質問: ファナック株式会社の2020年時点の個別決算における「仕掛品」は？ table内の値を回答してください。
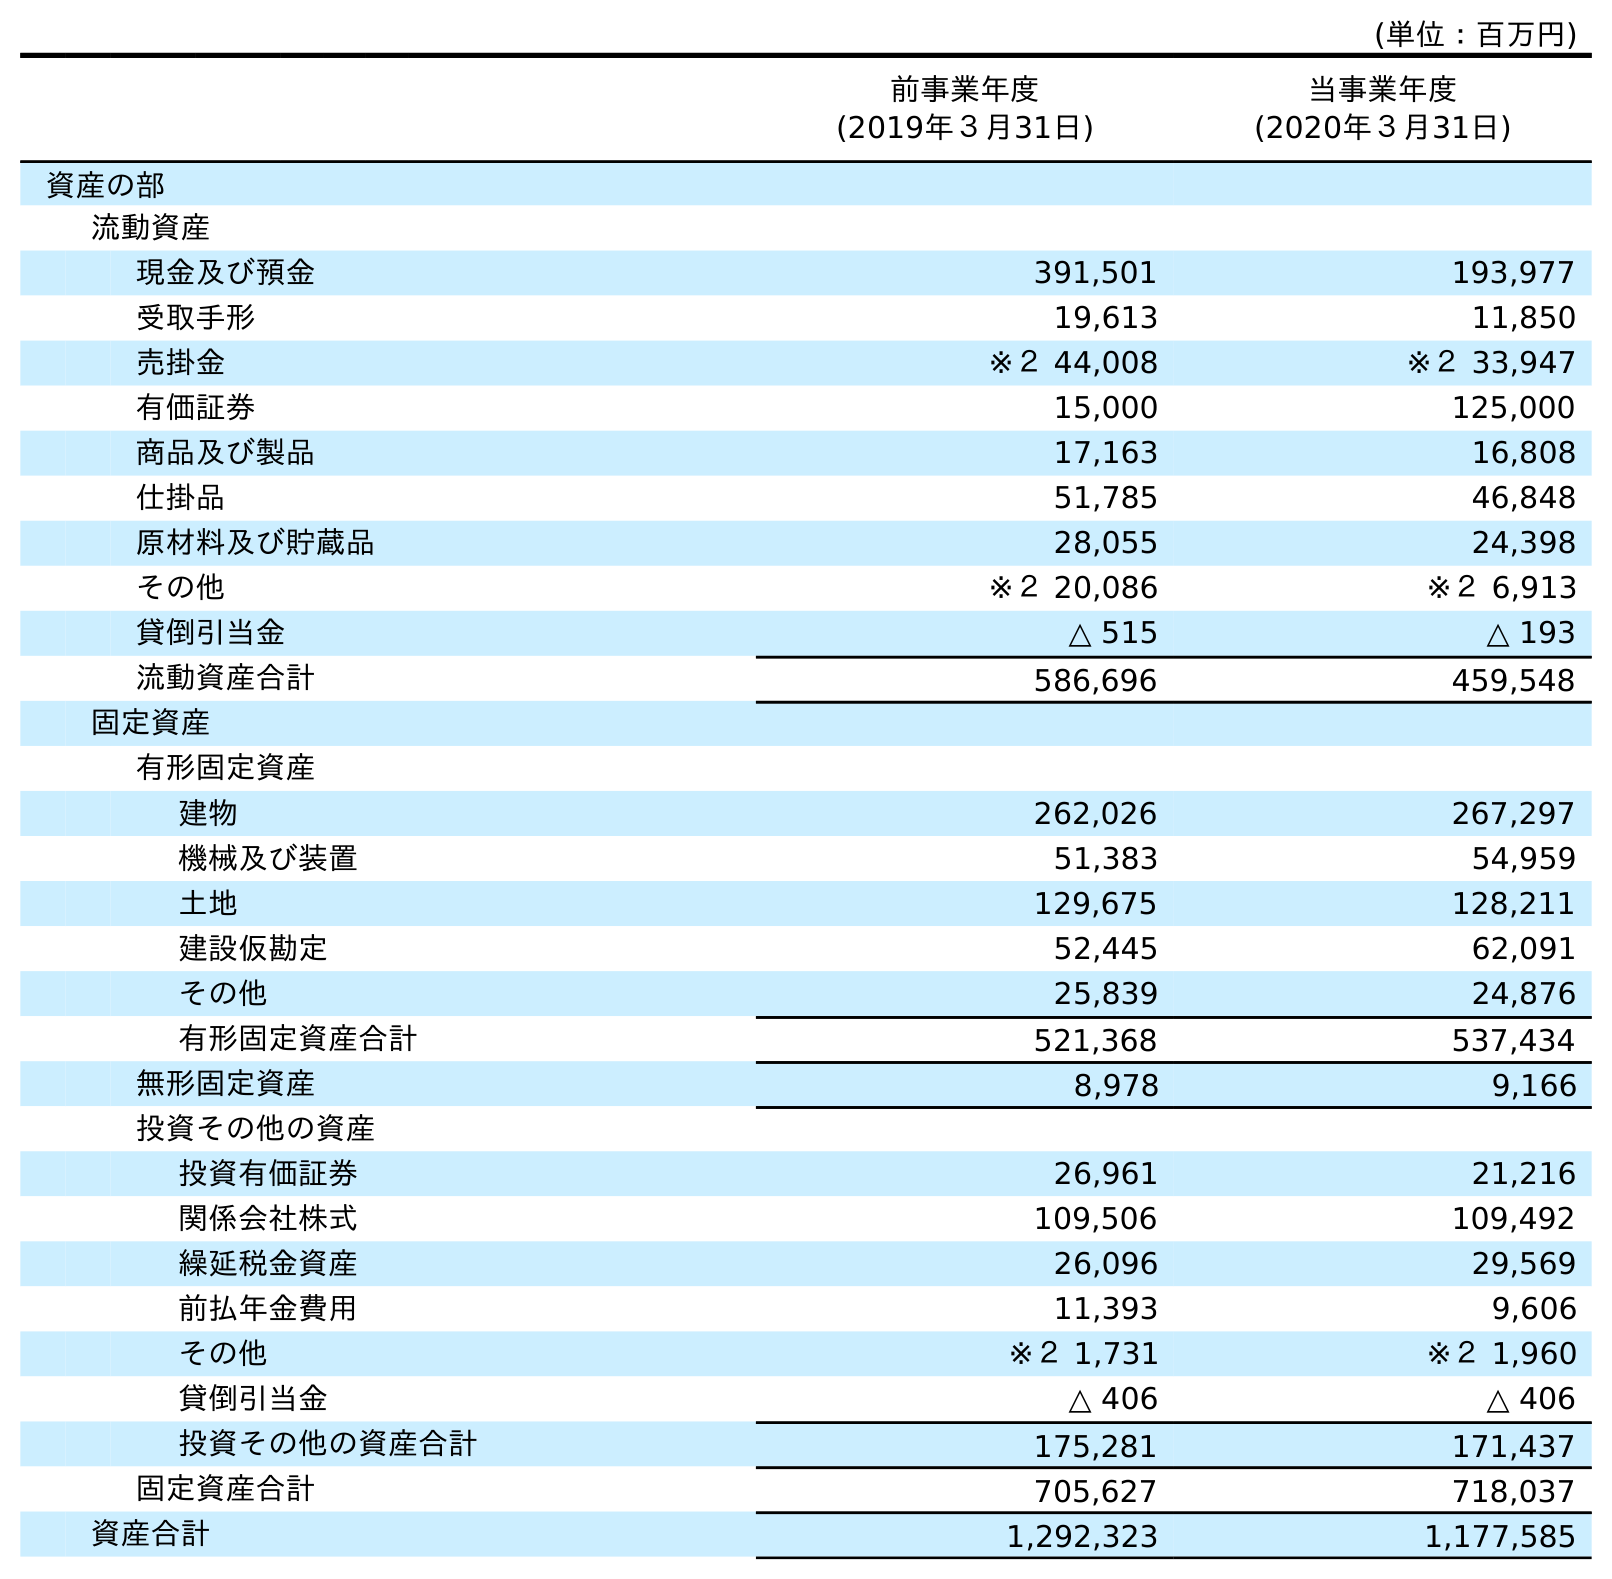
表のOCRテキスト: (単位：百万円) 前事業年度 (2019年３月31日) 当事業年度 (2020年３月31日) 資産の部 流動資産 現金及び預金 391,501 193,977 受取手形 19,613 11,850 売掛金 ※２ 44,008 ※２ 33,947 有価証券 15,000 125,000 商品及び製品 17,163 16,808 仕掛品 51,785 46,848 原材料及び貯蔵品 28,055 24,398 その他 ※２ 20,086 ※２ 6,913 貸倒引当金 △ 515 △ 193 流動資産合計 586,696 459,548 固定資産 有形固定資産 建物 262,026 267,297 機械及び装置 51,383 54,959 土地 129,675 128,211 建設仮勘定 52,445 62,091 その他 25,839 24,876 有形固定資産合計 521,368 537,434 無形固定資産 8,978 9,166 投資その他の資産 投資有価証券 26,961 21,216 関係会社株式 109,506 109,492 繰延税金資産 26,096 29,569 前払年金費用 11,393 9,606 その他 ※２ 1,731 ※２ 1,960 貸倒引当金 △ 406 △ 406 投資その他の資産合計 175,281 171,437 固定資産合計 705,627 718,037 資産合計 1,292,323 1,177,585
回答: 46,848